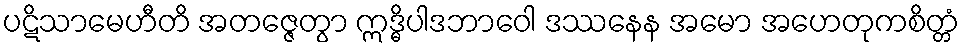
ပဋိသာမေဟီတိ အတဇ္ဇေတွာ ဣဒ္ဓိပါဒဘာဝေါ ဒဿနေန အမော အဟေတုကစိတ္တံ